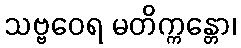
သဗ္ဗဝေရ မတိက္ကန္တော၊